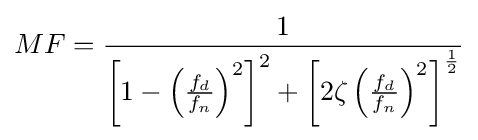
MF={\frac {1}{\left[1-\left({\frac {f_{d}}{f_{n}}}\right)^{2}\right]^{2}+\left[2\zeta \left({\frac {f_{d}}{f_{n}}}\right)^{2}\right]^{\frac {1}{2}}}}